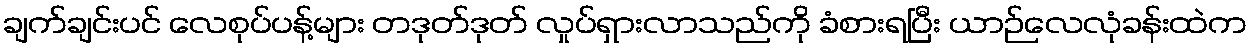
ချက်ချင်းပင် လေစုပ်ပန့်များ တဒုတ်ဒုတ် လှုပ်ရှားလာသည်ကို ခံစားရပြီး ယာဉ်လေလုံခန်းထဲက